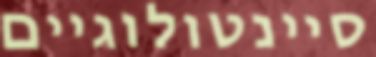
סיינטולוגיים